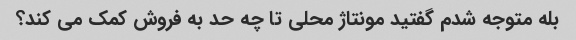
بله متوجه شدم گفتید مونتاژ محلی تا چه حد به فروش کمک می کند؟